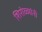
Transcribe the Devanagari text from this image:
शिरोळ्यांनी